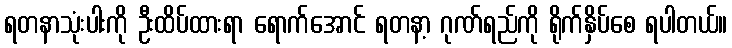
ရတနာသုံးပါးကို ဦးထိပ်ထားရာ ရောက်အောင် ရတနာ့ ဂုဏ်ရည်ကို ရိုက်နှိပ်စေ ရပါတယ်။